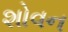
શોવન